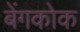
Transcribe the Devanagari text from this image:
बेंगकोक